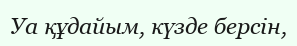
Уа құдайым, күзде берсін,